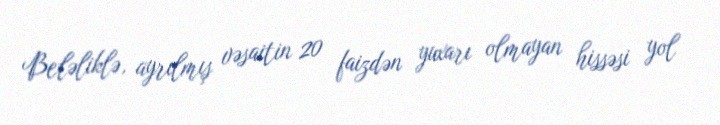
Beləliklə, ayrılmış vəsaitin 20 faizdən yuxarı olmayan hissəsi yol